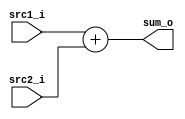
//Subject:     CO project 2 - Adder
//--------------------------------------------------------------------------------
//Version:     1
//--------------------------------------------------------------------------------
//Writer:      109550136
//----------------------------------------------
//----------------------------------------------
//Description: 
//--------------------------------------------------------------------------------
`timescale 1ns/1ps
module Adder(
    src1_i,
	src2_i,
	sum_o
	);
     
//I/O ports
input  [32-1:0]  src1_i;
input  [32-1:0]	 src2_i;
output [32-1:0]	 sum_o;

//Internal Signals
wire    [32-1:0]	 sum_o;

//Parameter
    
//Main function
assign sum_o = src1_i + src2_i;

endmodule